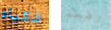
اذكياء رفعه